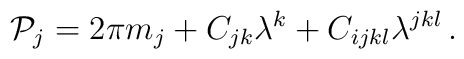
{\cal P}_{j} = 2\pi m_{j} +  C_{jk}\lambda^{k} + C_{ijkl}\lambda^{jkl} \, .